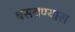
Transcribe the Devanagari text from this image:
बसवण्‍यास